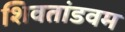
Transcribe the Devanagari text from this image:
शिवतांडवम